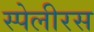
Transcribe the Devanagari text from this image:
स्पेलीरस